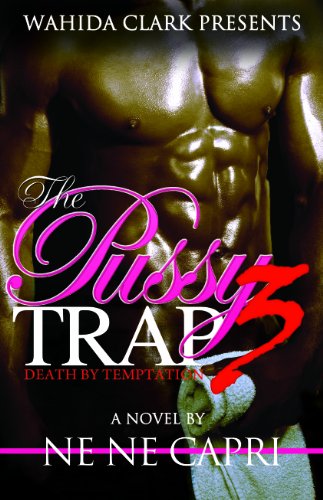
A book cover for The Pussy Trap 3 (Wahida Clark Presents); Ne Ne Capri; Romance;